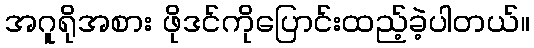
အဂူရိုအစား ဖိုဒင်ကိုပြောင်းထည့်ခဲ့ပါတယ်။